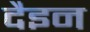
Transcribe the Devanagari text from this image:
दैइन